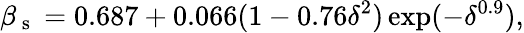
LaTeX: \beta_{\mathrm{~s~}}=0.687+0.066(1-0.76\delta^{2})\exp(-\delta^{0.9}),